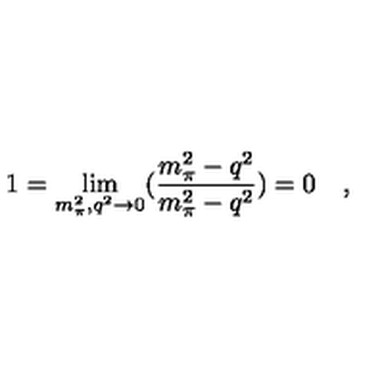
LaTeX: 1 = \lim _ { m _ { \pi } ^ { 2 } , q ^ { 2 } \rightarrow 0 } ( \frac { m _ { \pi } ^ { 2 } - q ^ { 2 } } { m _ { \pi } ^ { 2 } - q ^ { 2 } } ) = 0 \quad ,